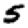
Digit: 5